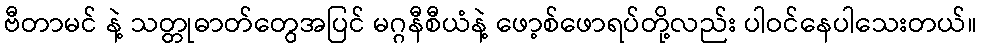
ဗီတာမင် နဲ့ သတ္တုဓာတ်တွေအပြင် မဂ္ဂနီစီယံနဲ့ ဖော့စ်ဖောရပ်တို့လည်း ပါဝင်နေပါသေးတယ်။